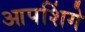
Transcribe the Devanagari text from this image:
आपशिंगे